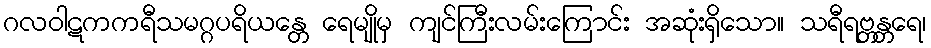
ဂလဝါဋကကရီသမဂ္ဂပရိယန္တေ ရေမျိုမှ ကျင်ကြီးလမ်းကြောင်း အဆုံးရှိသော။ သရီရဗ္တန္တရေ၊